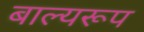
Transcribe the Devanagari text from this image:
बाल्यरूप